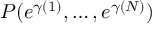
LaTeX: P ( e ^ { \gamma ( 1 ) } , \dots , e ^ { \gamma ( N ) } )